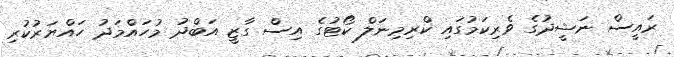
ރައީސް ނަޝީދުގެ ވެރިކަމުގައި ކްރިމިނަލް ކޯޓުގެ އިސް ގާޒީ އަބްދު މުހައްމަދު ހައްޔަރުކުރި